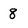
Character: 8